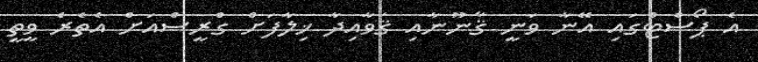
އެ ޕޯސްޓްގައި އޭނާ ވަނީ ޤާނޫނާއި ޤަވާއިދާ ޚިލާފަށް ގްރީސްއަށް އެތެރެ ވީތީ